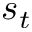
s _ { t }